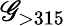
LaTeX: \mathscr{G}_{>315}